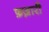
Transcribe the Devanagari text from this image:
फ़ज़ारी